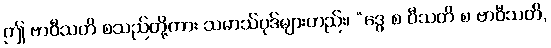
ဤ ဗာဝီသတိ စသည်တို့ကား သမာသ်ပုဒ်များတည်း၊ “ဒွေ စ ဝီသတိ စ ဗာဝီသတိ,